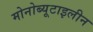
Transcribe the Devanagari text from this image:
मोनोब्यूटाइलीन